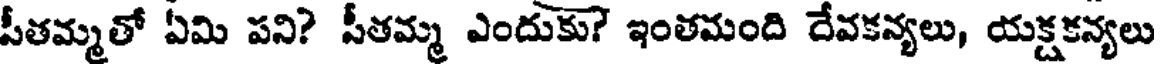
సీతమ్మతో ఏమి పని? సీతమ్మ ఎందుకు? ఇంతమంది దేవకన్యలు, యక్షకన్యలు